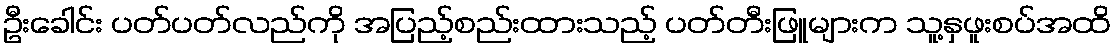
ဦးခေါင်း ပတ်ပတ်လည်ကို အပြည့်စည်းထားသည့် ပတ်တီးဖြူများက သူ့နှဖူးစပ်အထိ